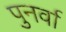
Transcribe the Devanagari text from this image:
पुनर्वा